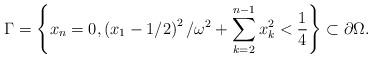
LaTeX: \begin{align*}\Gamma =\left\{ x_{n}=0,\left( x_{1}-1/2\right) ^{2}/\omega ^{2}+\displaystyle\sum \limits_{k=2}^{n-1}x_{k}^{2}<\frac{1}{4}\right\} \subset\partial \Omega . \end{align*}